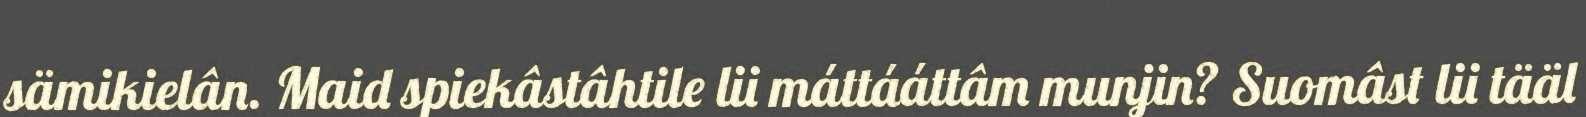
sämikielân. Maid spiekâstâhtile lii máttááttâm munjin? Suomâst lii tääl